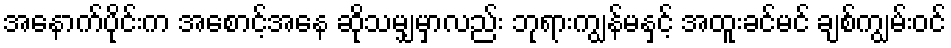
အနောက်ပိုင်းက အစောင့်အနေ ဆိုသမျှမှာလည်း ဘုရားကျွန်မနှင့် အထူးခင်မင် ချစ်ကျွမ်းဝင်